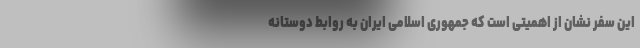
این سفر نشان از اهمیتی است که جمهوری اسلامی ایران به روابط دوستانه